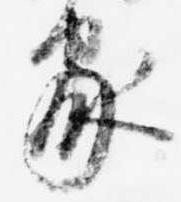
家